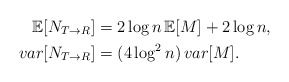
\begin{align*}\mathbb{E}[N_{T\to R}]&=2\log n \,\mathbb{E}[M]+2\log n,\\var[N_{T\to R}]&=(4\log^2n) \, var[M].\end{align*}